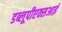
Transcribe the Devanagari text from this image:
डब्लूपीएक्सआई